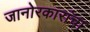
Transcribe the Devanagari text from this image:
जानोरकारांचा